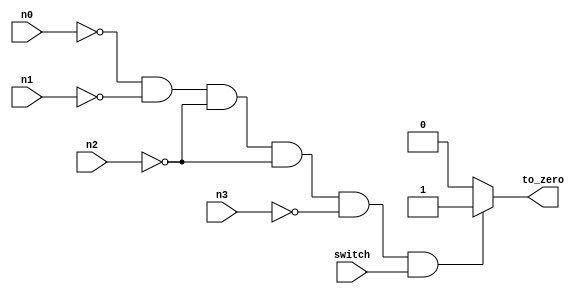
module zero_stop(to_zero,switch,n0,n1,n2,n3);
input switch;
input[3:0] n0,n1,n2,n3;
output reg to_zero;
parameter zero_num=4'b0000;
initial to_zero<=0;
always@(n0,n1,n2,n3,switch)
if(n0==zero_num&&n1==zero_num&&n2==zero_num&&n2==zero_num&&n3==zero_num&&switch==1)
to_zero<=1;
else
to_zero<=0;
endmodule